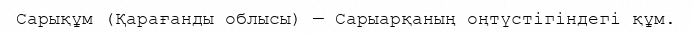
Сарықұм (Қарағанды облысы) — Сарыарқаның оңтүстігіндегі құм.